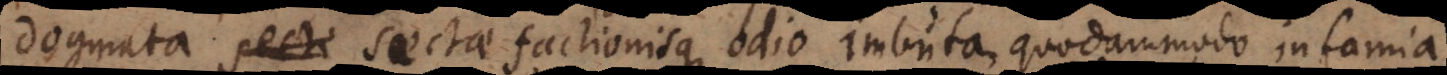
dogmata sectae factionisque odio imbuta, quodammodo infamia